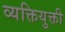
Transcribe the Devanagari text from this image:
व्यक्तियुक्ती